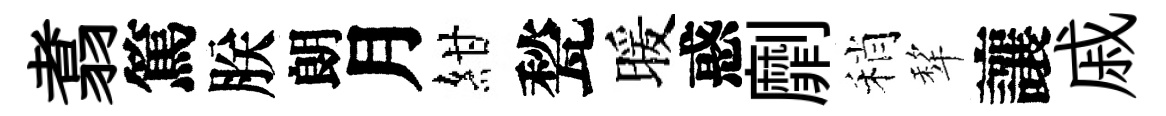
翥篤朕朗月紺甃暖惑劘稍犂讓戚